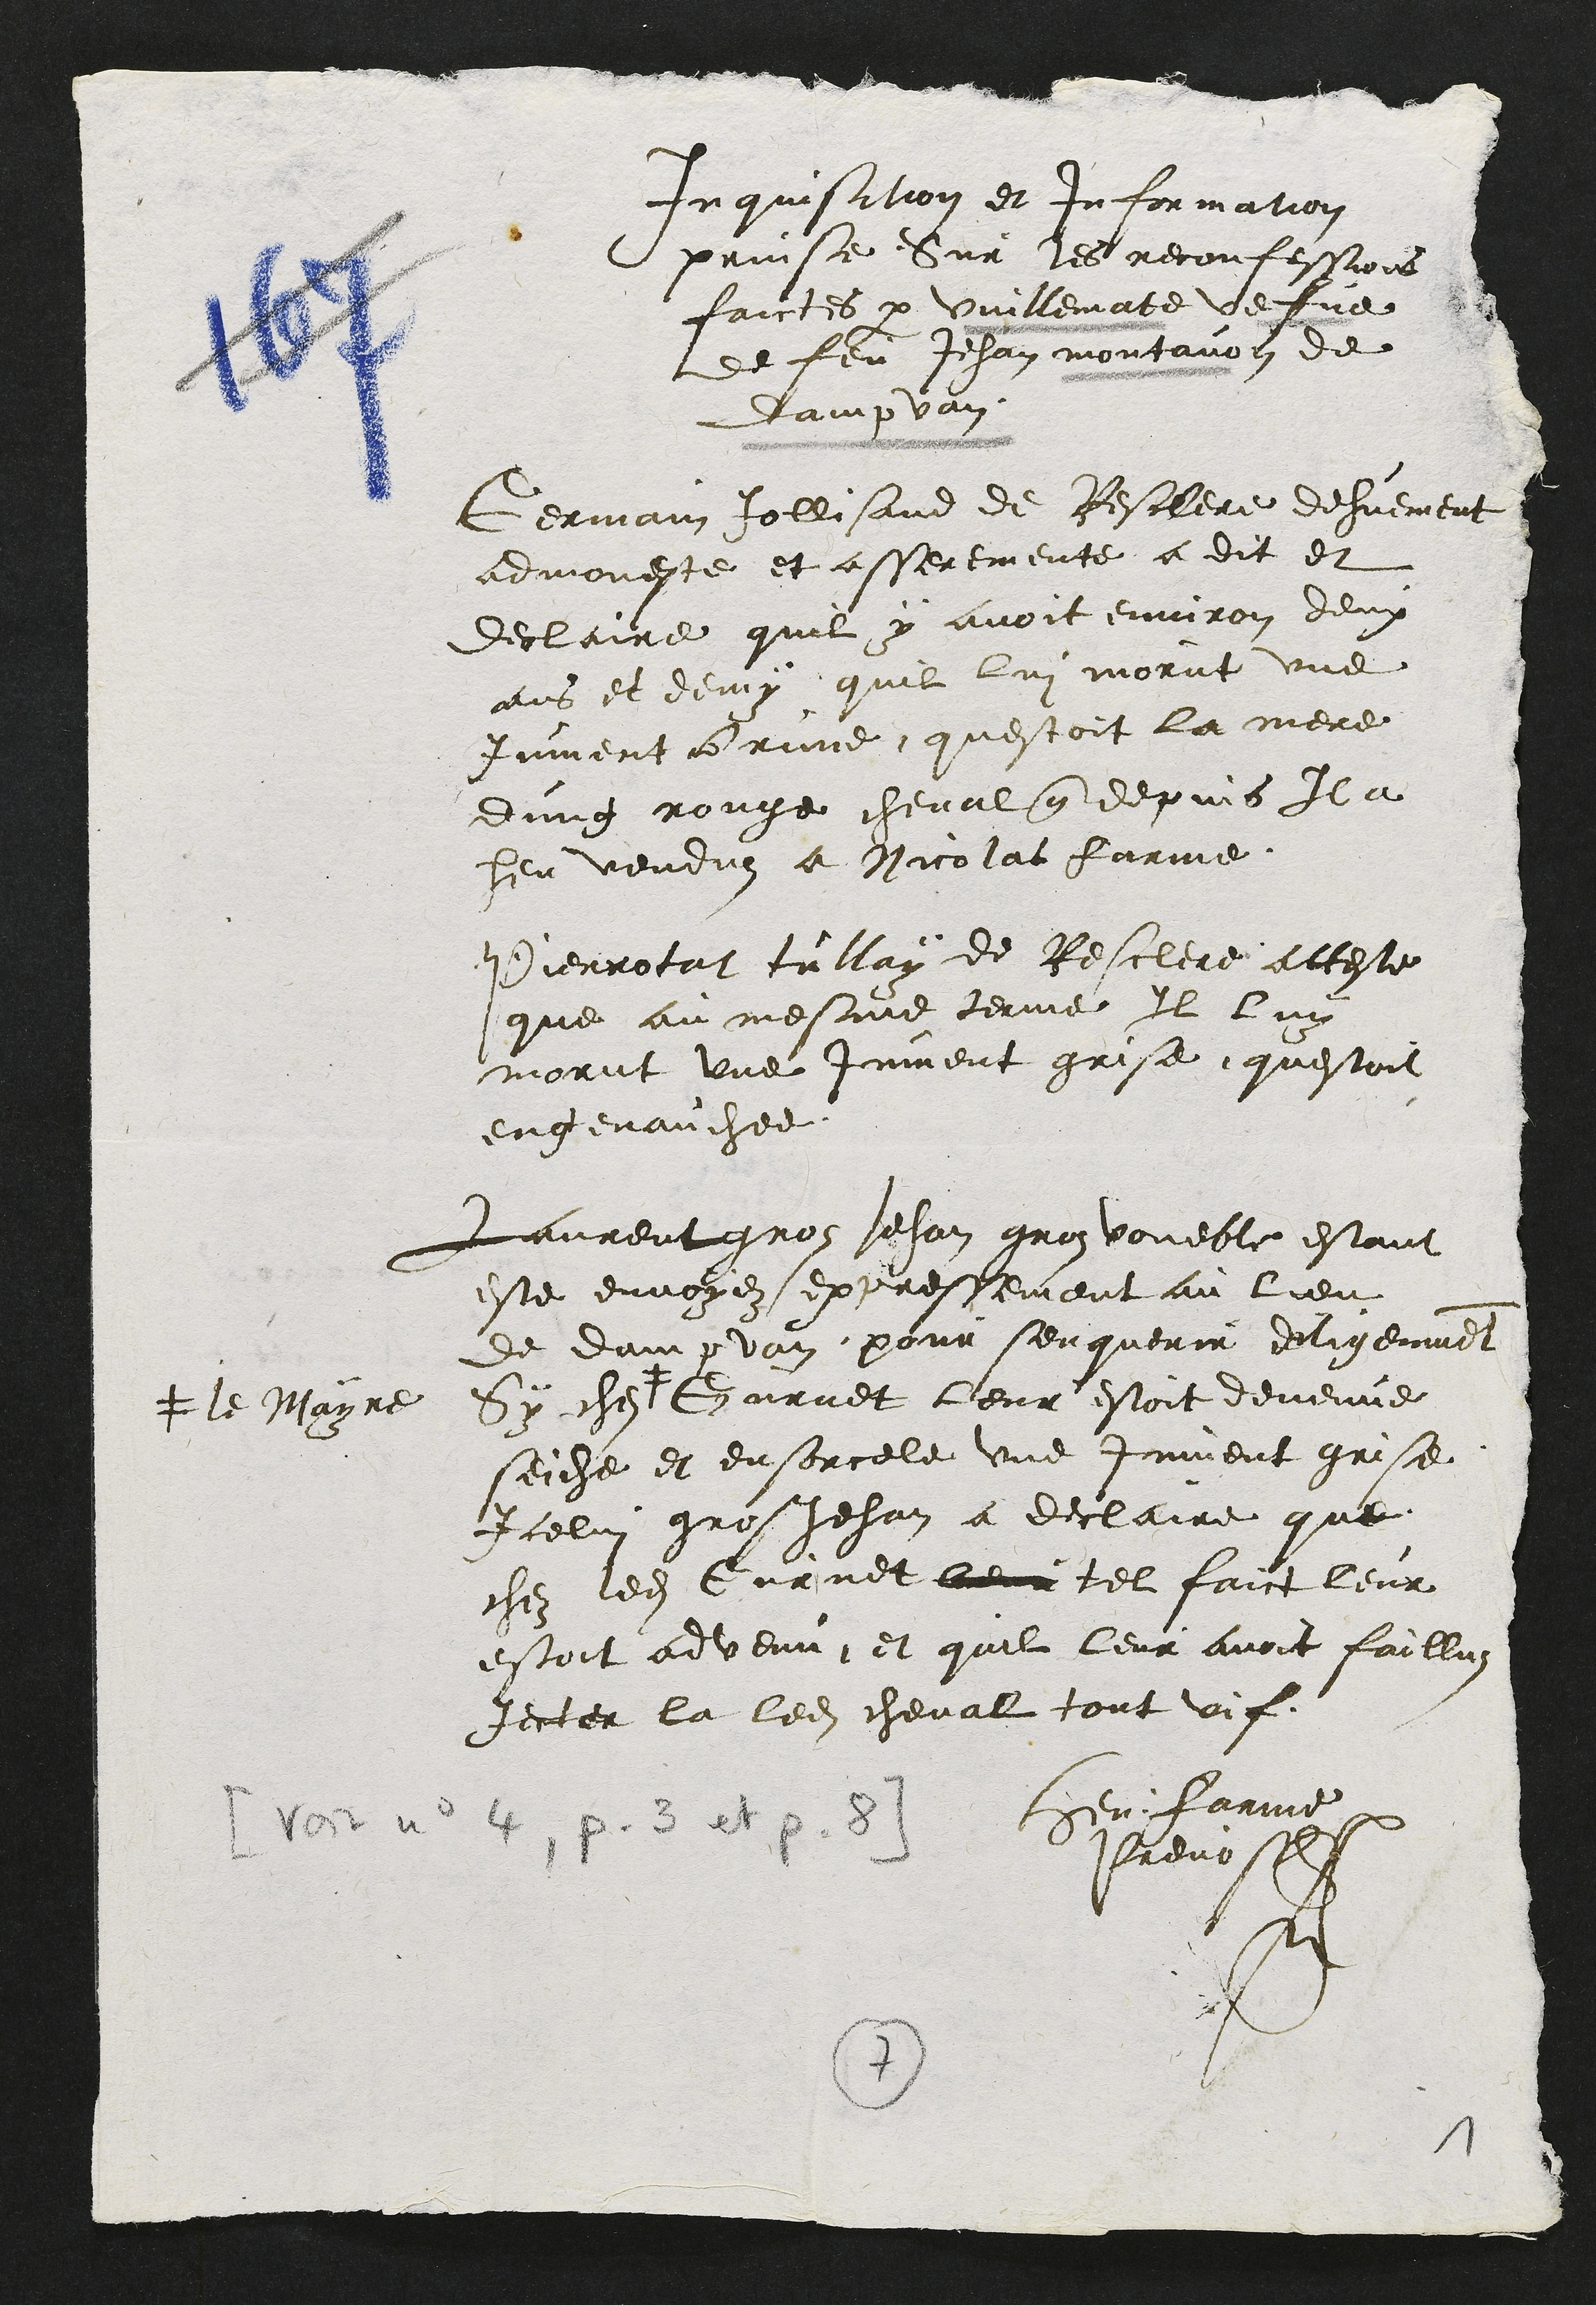
Inquisition et information
prinse Sur les reconfessions
faictes par Vuillematte vefve
de feu Jehan montannin de
Dampvans
Germain tollisand de Restiere delement
admoneste et asseremente a dit et
declaire quil y avoit environ deux
ans et deux quil lui morut une
jument crie questoit la mere
ung rouge cheval que depuis Il a
heu vendus a Nicolas farine
Pierrat jullay de Resclere acteste
que au mesme terme Il lui
morut une jument grise questoit
engenauchee
Laurent gros Jehan gros voueble estant
este envoye expressement au lieu
de dampan pour senguenir deligent
Sy chez ‡
‡ le Mayre
aret leur estoit devenue
seiche et ensorcele une jument grise
Icelui gros Jehan a declaire que
che ledit Curnet leur tel faict leur
estoit advenu, et quil leur avoit faillui
jecter la ledit cheval tout ung
Hen Farine
Prevost
4